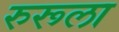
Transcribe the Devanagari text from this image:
रुरूला